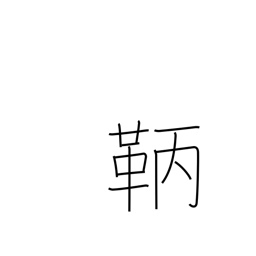
Meaning: archer's arm protector